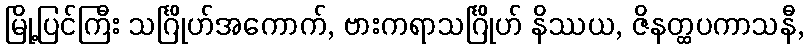
မြို့ပြင်ကြီး သင်္ဂြိုဟ်အကောက်, ဗားကရာသင်္ဂြိုဟ် နိဿယ, ဇိနတ္ထပကာသနီ,